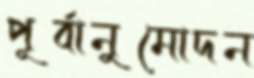
পূর্বানুমোদন